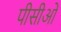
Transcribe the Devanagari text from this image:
पीसीओं